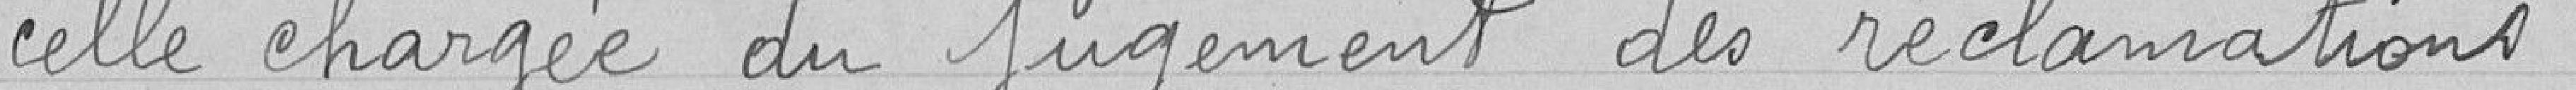
celle chargée du jugement des réclamations :